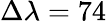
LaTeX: \Delta\lambda=74